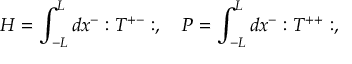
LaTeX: H = \int _ { - L } ^ { L } d x ^ { - } : T ^ { + - } : , \quad P = \int _ { - L } ^ { L } d x ^ { - } : T ^ { + + } : ,